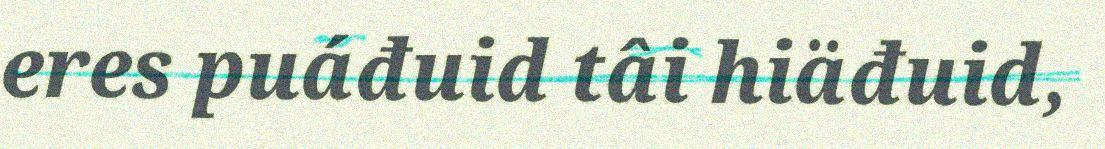
eres puáđuid tâi hiäđuid,